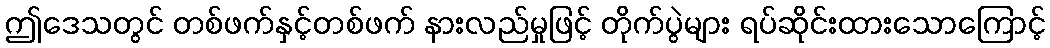
ဤဒေသတွင် တစ်ဖက်နှင့်တစ်ဖက် နားလည်မှုဖြင့် တိုက်ပွဲများ ရပ်ဆိုင်းထားသောကြောင့်